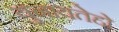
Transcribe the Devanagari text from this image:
युनायतेद्दो